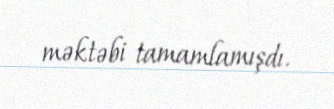
məktəbi tamamlamışdı.